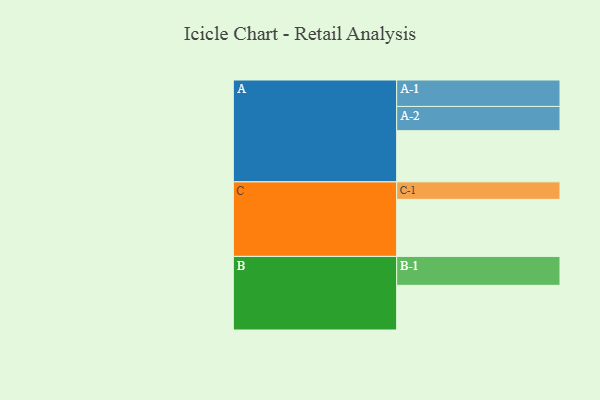
{"axis": {"x": "Segment", "y": "Value"}, "legend": ["", "A", "B", "C"], "data": [{"x": "A", "y": 418, "type": ""}, {"x": "B", "y": 365, "type": ""}, {"x": "C", "y": 466, "type": ""}, {"x": "A-1", "y": 216, "type": "A"}, {"x": "A-2", "y": 198, "type": "A"}, {"x": "B-1", "y": 236, "type": "B"}, {"x": "C-1", "y": 143, "type": "C"}]}